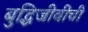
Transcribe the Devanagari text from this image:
बुद्धिजीवींची